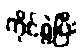
ကိုင်စွဲပြီး